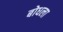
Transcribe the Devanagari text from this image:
बोधला